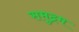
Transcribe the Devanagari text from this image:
समुद्रम